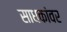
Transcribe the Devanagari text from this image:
साधकांवर